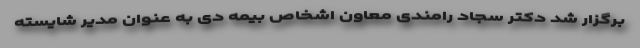
برگزار شد دکتر سجاد رامندی معاون اشخاص بیمه دی به عنوان مدیر شایسته